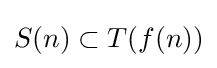
S(n)\subset T(f(n))